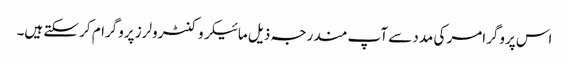
اس پروگرامر کی مدد سے آپ مندرجہ ذیل مائیکروکنٹرولرز پروگرام کر سکتے ہیں۔